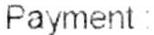
PAYMENT :